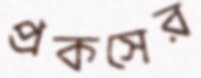
প্রকসের